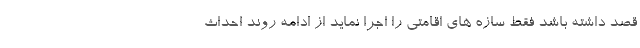
قصد داشته باشد فقط سازه های اقامتی را اجرا نماید از ادامه روند احداث